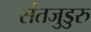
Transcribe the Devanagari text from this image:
संतजुडुरु